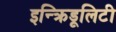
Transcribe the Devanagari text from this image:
इन्क्रिडूलिटी